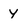
Character: y